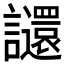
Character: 𧮅